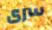
سرى